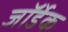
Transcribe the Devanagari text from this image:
जॉर्डेक